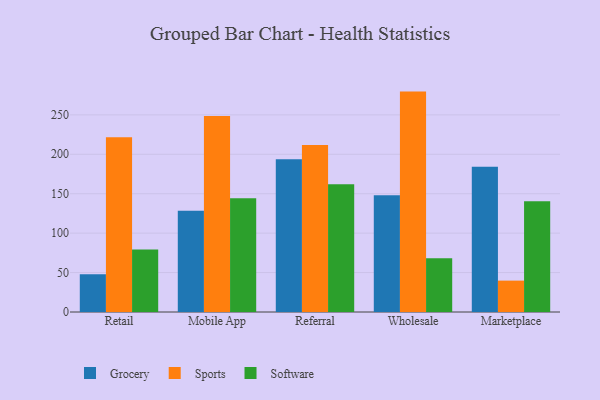
{"axis": {"x": "Channel", "y": "Page Views"}, "legend": ["Grocery", "Software", "Sports"], "data": [{"x": "Retail", "y": 47.8, "type": "Grocery"}, {"x": "Retail", "y": 221.7, "type": "Sports"}, {"x": "Retail", "y": 79.2, "type": "Software"}, {"x": "Mobile App", "y": 128.4, "type": "Grocery"}, {"x": "Mobile App", "y": 248.5, "type": "Sports"}, {"x": "Mobile App", "y": 144.2, "type": "Software"}, {"x": "Referral", "y": 193.7, "type": "Grocery"}, {"x": "Referral", "y": 211.7, "type": "Sports"}, {"x": "Referral", "y": 162.1, "type": "Software"}, {"x": "Wholesale", "y": 148.2, "type": "Grocery"}, {"x": "Wholesale", "y": 279.5, "type": "Sports"}, {"x": "Wholesale", "y": 68.1, "type": "Software"}, {"x": "Marketplace", "y": 184.2, "type": "Grocery"}, {"x": "Marketplace", "y": 39.8, "type": "Sports"}, {"x": "Marketplace", "y": 140.6, "type": "Software"}]}